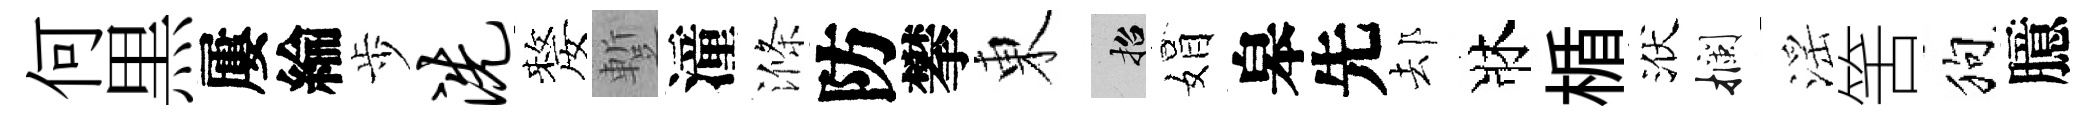
何黒屢綸歩洗嫠蹔潼滌防攀東招娟皋先𨚫牀楯洑攔滛筈狗臆